Source: Handwritten
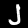
Digit: ၂ (2)